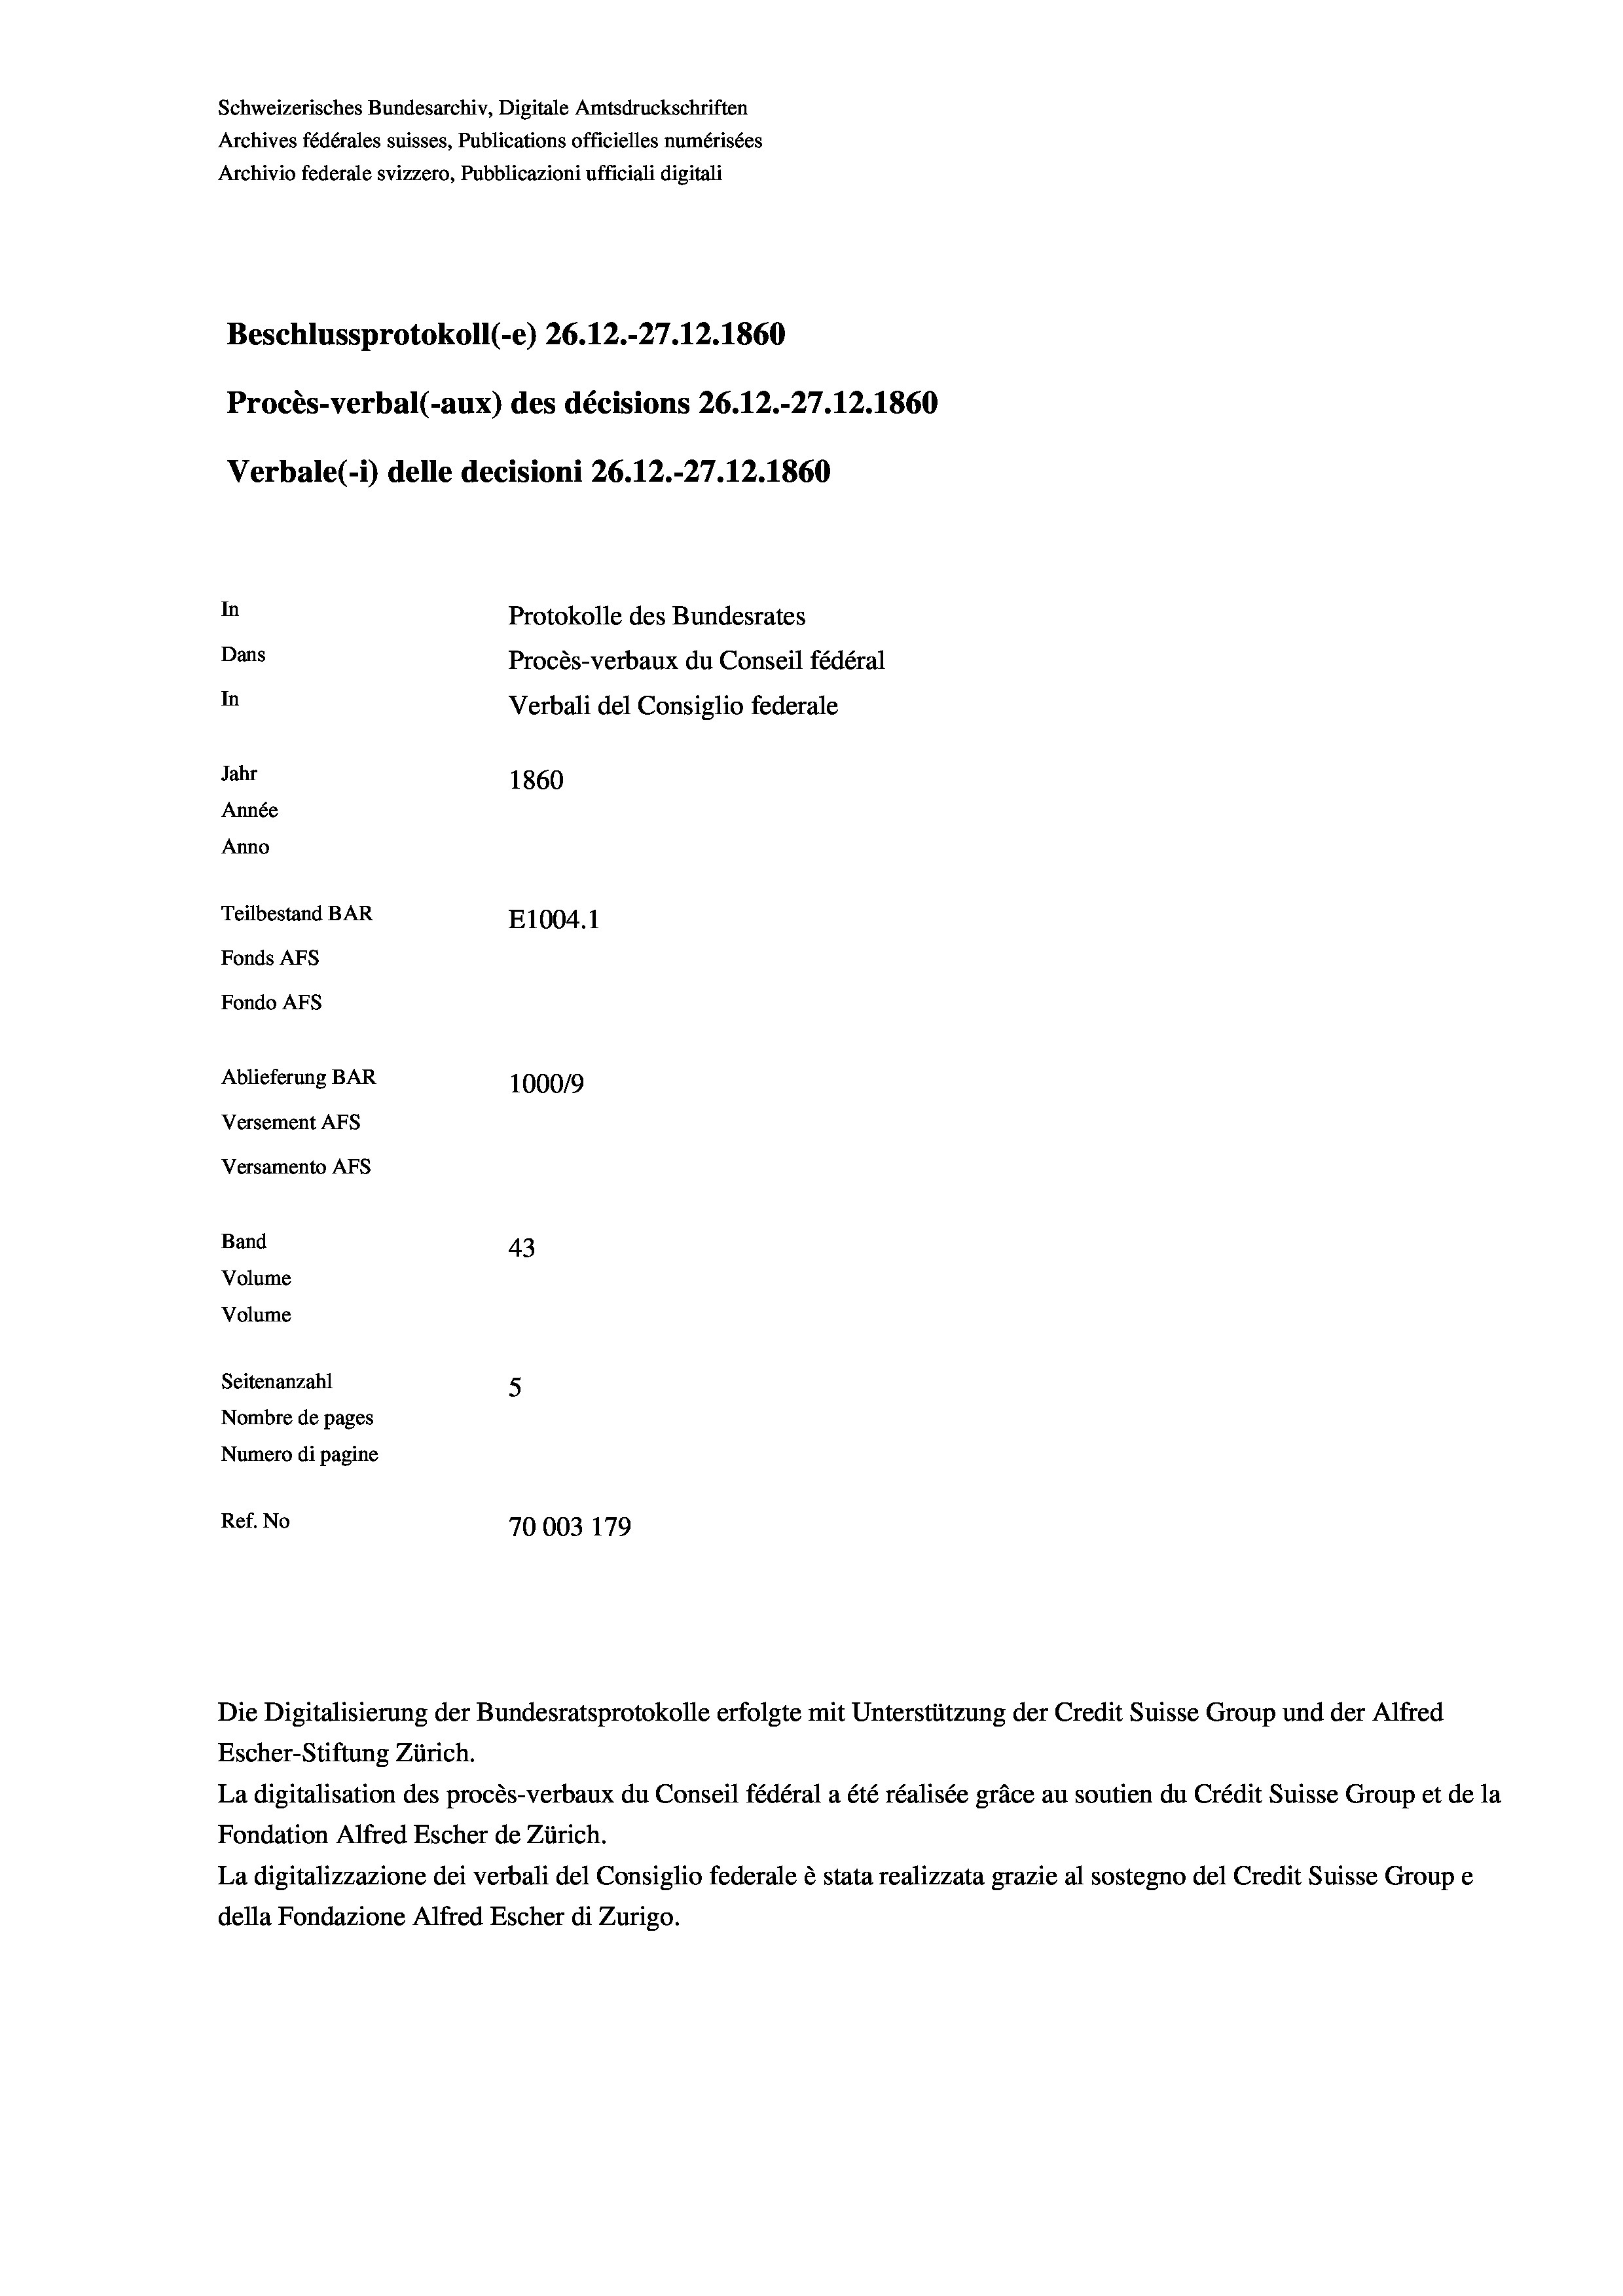
Schweizerisches Bundesarchiv, Digitale Amtsdruckschriften
Archives fédérales suisses, Publications officielles numérisées
Archivio federale svizzero, Pubblicazioni ufficiali digitali
Beschlussprotokoll (-e) 26.12.-27.12.1860
Procès-verbal (-aux) des décisions 26.12.-27.12.1860
Verbale(-*) delle decisioni 26.12.-27.12.1860
In
Protokolle des Bundesrates
Dans
Procès-verbaux du Conseil fédéral
In
Verbali del Consiglio federale
Jahr
1860
Année
Anno
Teilbestand BAR
E1004.1
Fonds AFs
Fondo AFS
Ablieferung BAR
100019
Versement AFs
Versamento AFs
Band
43
Volume
Volume
Seitenanzahl
5
Nombre de pages
Numero di pagine
Ref. No
70003 179

Escher-Stiftung Zürich.
La digitalisation des procès-verbaux du Conseil fédéral a été réalisée gräce au soutien du Crédit Suisse Group et de la
Fondation Alfred Escher de Zürich.
La digitalizzazione dei verbali del Consiglio federale è stata realizzata grazie al sostegno del Credit Suisse Groupe
della Fondazione Alfred Escher di Zurigo.

Die Digitalisierung der Bundesratsprotokolle erfolgte mit Unterstützung der Credit Suisse Group und der Alfred